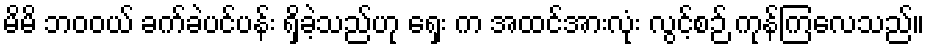
မိမိ ဘဝဝယ် ခက်ခဲပင်ပန်း ရှိခဲ့သည်ဟု ရှေး က အထင်အားလုံး လွင့်စဉ် ကုန်ကြလေသည်။